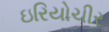
ઇરિયોચીર